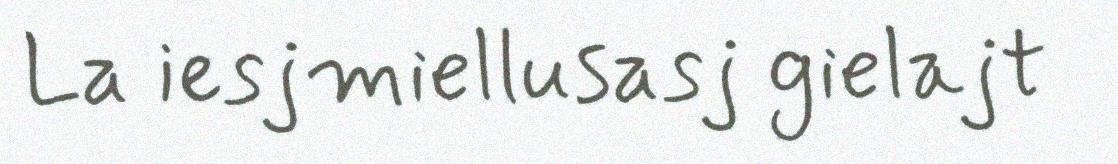
La iesjmiellusasj gielajt